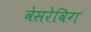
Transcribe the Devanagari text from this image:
वेसरेविग